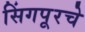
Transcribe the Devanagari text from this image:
सिंगपूरचे